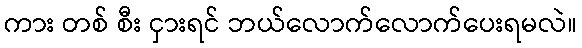
ကား တစ် စီး ငှားရင် ဘယ်လောက်လောက်ပေးရမလဲ။